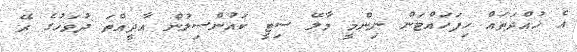
އެ ހުއްދަތައް ހިފަހައްޓަން ނިންމީ މާލޭ ސިޓީ ކައުންސިލުން އާދީއްތަ ދުވަހުގެ ރޭ